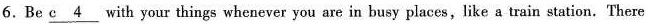
6. Be \underline{c 4} with your things whenever you are in busy places, like a train station.There